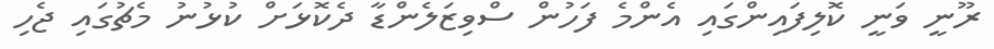
ރޫނީ ވަނީ ކޮލިފައިންގައި އެންމެ ފަހުން ސްވިޒަލެންޑާ ދެކޮޅަށް ކުޅުނު މެޗުގައި ޖެހި